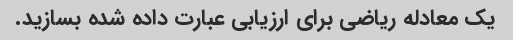
یک معادله ریاضی برای ارزیابی عبارت داده شده بسازید.